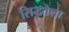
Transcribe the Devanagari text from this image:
सिद्धतेला